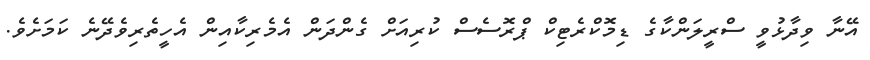
އޭނާ ވިދާޅުވީ ސްރީލަންކާގެ ޑިމޮކްރެޓިކް ޕްރޮސެސް ކުރިއަށް ގެންދަން އެމެރިކާއިން އެހީތެރިވެދޭނެ ކަމަށެވެ.